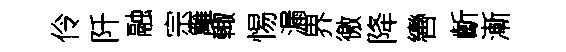
伶阡融宗籬輙惕漏界徼降轡齗漸